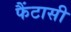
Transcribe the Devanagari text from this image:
फैंटासी